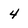
Character: 4